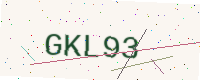
Text: GKL93